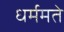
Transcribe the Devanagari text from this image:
धर्ममते